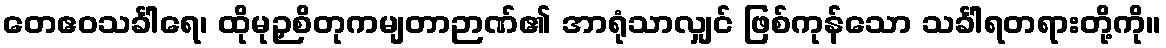
တေဧဝသင်္ခါရေ၊ ထိုမုဉှစိတုကမျတာဉာဏ်၏ အာရုံသာလျှင် ဖြစ်ကုန်သော သင်္ခါရတရားတို့ကို။